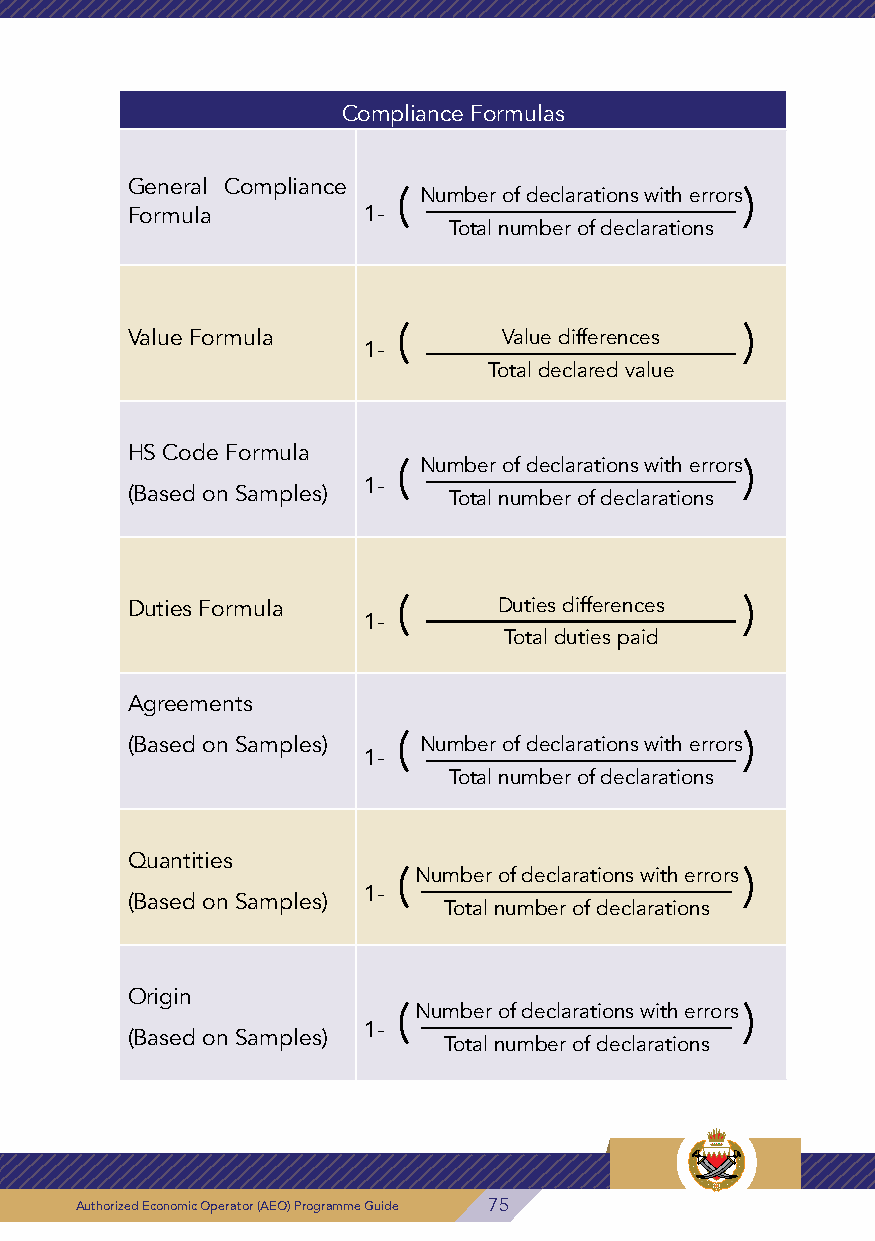
Form 2: Compliance Improvement Plan
 Compliance Formulas
 Compliance Improvement Plan
 Company General Compliance
 CR No.:                   ( N u m b er o f d e c la r at io n s w i th e r ro r s)
 Name:   Formula         1-
 Total number of declarations
 Audit Scope:
 Audit Period: From: To:
 The Requirement that Requires Compliance Improvement Plan Value Formula ( V a lu e d iff e re n c e s )
 1-
 Total declared value
 Internal Data Internation-
 Financial
 Basic Customs Control Processing al Secu-
 System Re-
 Requirements System Re- Systems Re- rity Require-
 quirements
 HS Code Formula
 quirements quirements ments
 ( N u m b er o f d e c la r at io n s w i th e r ro r s)
 1-
 ❏ ❏ ❏ ❏ ❏ (Based on Samples)  Total number of declarations
 Current Status of the Requirements
 Status of the Required Improvement Duties Formula ( D u t ie s d if fe r en c e s )
 Given Period for Improve- 1-
 Current Re- According to Compliance
 Total duties paid
 ment
 quirement Improvement Plan
 Agreements
 (Based on Samples) ( N u m b er o f d e c la r at io n s w i th e r ro r s)
 1-
 Total number of declarations
 Observations and Recommendations
 Quantities
 ( N u m b e r o f d e c la ra t io n s w it h e r ro rs )
 1-
 (Based on Samples)
 Total number of declarations
 The Auditor Who Prepared the Plan
 Name: Signature: Origin
 ( N u m b e r o f d e c la ra t io n s w it h e r ro rs )
 1-
 (Based on Samples)
 Total number of declarations
 76 Authorized Economic Operator (AEO) Programme Guide Authorized Economic Operator (AEO) Programme Guide 75